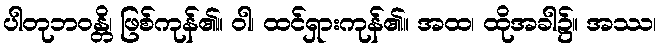
ပါတုဘဝန္တိ၊ ဖြစ်ကုန်၏။ ဝါ၊ ထင်ရှားကုန်၏။ အထ၊ ထိုအခါ၌။ အဿ၊